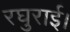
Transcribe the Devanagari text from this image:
रघुराई।